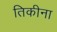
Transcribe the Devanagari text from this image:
तिकीना